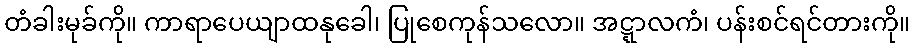
တံခါးမုခ်ကို။ ကာရာပေယျာထနုခေါ၊ ပြုစေကုန်သလော။ အဋ္ဋာလကံ၊ ပန်းစင်ရင်တားကို။